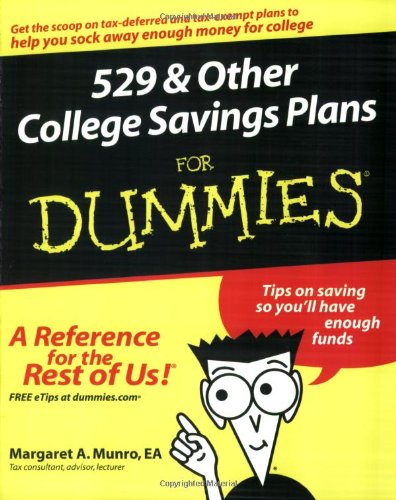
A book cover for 529 and Other College Savings Plans For Dummies; Margaret A. Munro; Education & Teaching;